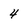
Character: 4